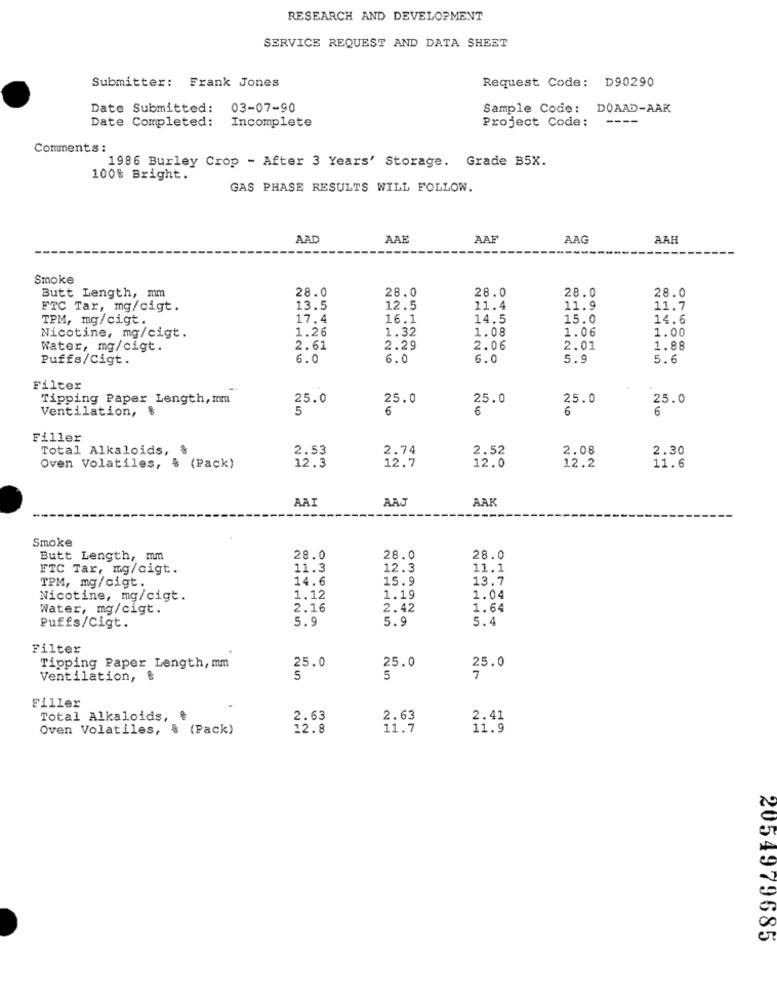
RESEARCH AND DEVELOPMENT
SERVICE REQUEST AND DATA SHEET
Submitter:
Frank Jones
Request Code: D90290
Date Submitted:
03-07-90
Sample Code: DOAAD-AAK
Date Completed:
Project Code: ----
Incomplete
Comments :
1986 Burley Crop - After 3 Years' Storage. Grade B5X.
100% Bright.
GAS PHASE RESULTS WILL FOLLOW.
AAD
AAE
AAF
AAG
AAH
Smoke
28.0
28.0
28.0
28.0
Butt Length, mm
28.0
FTC Tar, mg/cigt.
13.5
12.5
11.4
11.9
11.7
TPM, mg/cigt.
17.4
16.1
14.5
15.0
14.6
1.26
1.32
1.08
Nicotine, mg/cigt.
1.06
1.00
Water, mg/cigt.
2.61
2.29
2.06
2.01
1.88
Puffs/Cigt.
6.0
6.0
6.0
5.9
5.6
Filter
Tipping Paper Length, mm
25.0
25.0
25.0
25.0
25.0
Ventilation, $
5
6
6
6
6
Filler
Total Alkaloids, §
2.53
2.74
2.52
2.08
2.30
Oven Volatiles, % (Pack)
12.3
12.7
12.0
12.2
11.6
AAI
AAJ
AAK
Smoke
Butt Length, mm
28.0
28.0
28.0
FTC Tar, mg/cigt.
11.3
12.3
11.1
TPM, mg/cigt.
14.6
15.9
13.7
Nicotine, mg/cigt.
1.12
1.19
1.04
Water, mg/cigt.
2.16
2.42
1.64
5.9
5.9
5.4
Puffs/Cigt.
Filter
Tipping Paper Length, mm
25.0
25.0
25.0
Ventilation, &
5
Filler
Total Alkaloids, ៛
2.63
2.63
2.41
Oven Volatiles,
& (Pack)
12.8
11.7
11.9
2054979585